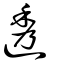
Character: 透